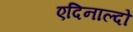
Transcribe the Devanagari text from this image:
एदिनाल्दो